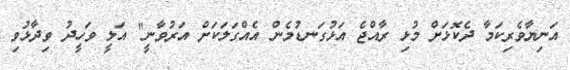
އަނިޔާވެރިކަމާ ދެކޮޅަށް މުޅި ރާއްޖެ އަޅުގަނޑުމެން އެއްގަލަކަށް އަރުވާނީ" އަލީ ވަހީދު ވިދާޅުވި